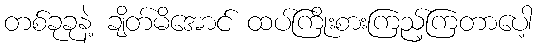
တစ်ခုခုနဲ့ ချိတ်မိအောင် ထပ်ကြိုးစားကြည့်ကြတာပေါ့